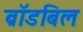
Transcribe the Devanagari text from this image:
ब्रॉडबिल